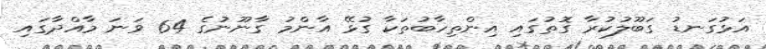
އަޅުގަނޑު ގަބޫލުކުރާ ގޮތުގައި އިންތިހާބުތަކާ ގުޅޭ އާންމު ގާނޫނުގެ 64 ވަނަ މާއްދާގައި